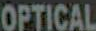
OPTICAL